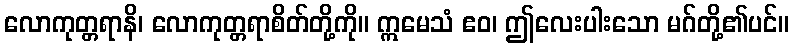
လောကုတ္တရာနိ၊ လောကုတ္တရာစိတ်တို့ကို။ ဣမေသံ ဧဝ၊ ဤလေးပါးသော မဂ်တို့၏ပင်။